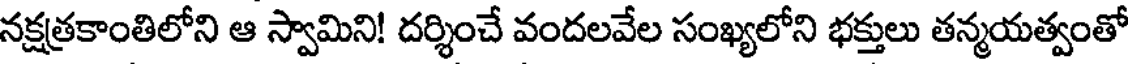
నక్షత్రకాంతిలోని ఆ స్వామిని! దర్శించే వందలవేల సంఖ్యలోని భక్తులు తన్మయత్వంతో